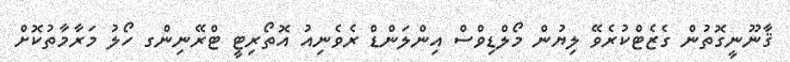
ޤާނޫނީގޮތުން ގެޒެޓްކުރެވޭ ލިޔުން މޯލްޑިވްސް އިންލަންޑް ރެވެނިއު އޮތޯރިޓީ ޓްރޭނިންގ ހޯލު މަރާމާތުކޮށް